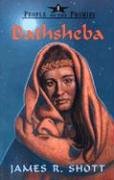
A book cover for Bathsheba (People of the Promise); James R. Shott; Christian Books & Bibles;